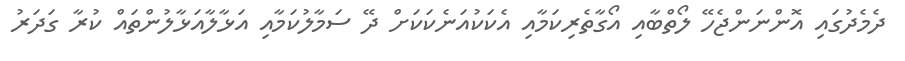
ދެމެދުގައި އޮންނަންޖެހޭ ލޯތްބާއި އޯގާތެރިކަމާއި އެކަކުއަނެކަކަށް ދޭ ސަމާލުކަމާއި އަޅާލާއަޅާލުންތައް ކުރާ ގަދަރު